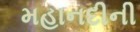
મહાનદીની